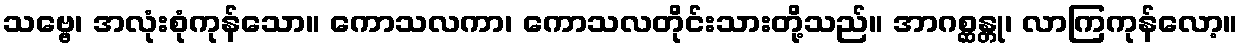
သဗ္ဗေ၊ အလုံးစုံကုန်သော။ ကောသလကာ၊ ကောသလတိုင်းသားတို့သည်။ အာဂစ္ဆန္တု၊ လာကြကုန်လော့။